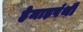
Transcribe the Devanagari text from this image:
हेमाड़पंथी